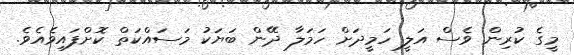
މީގެ ކުރިން ވެސް އަލީ ހަމީދަށް ހަމަލާ ދޭން ބަޔަކު މަސައްކަތް ކޮށްފައިވެއެވެ.